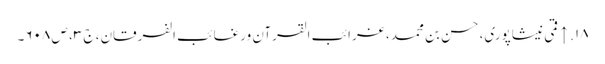
۱۸. ↑ قمی نیشاپوری، حسن بن محمد، غرائب القرآن ورغائب الفرقان، ج ۳، ص ۶۰۸۔